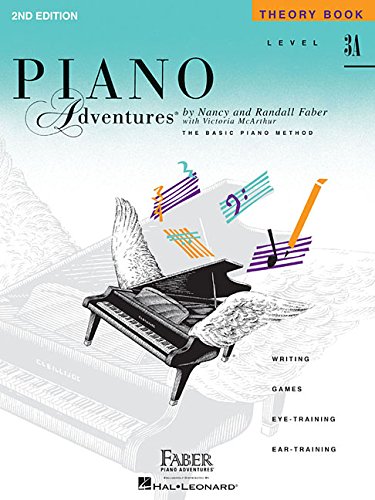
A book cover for Level 3A - Theory Book: Piano Adventures; Humor & Entertainment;